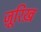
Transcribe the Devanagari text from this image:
ज़ूरिख़